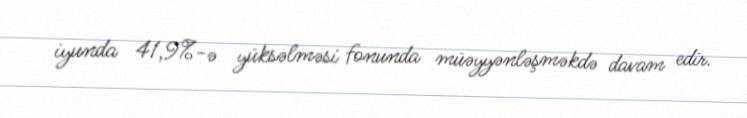
iyunda 41,9%-ə yüksəlməsi fonunda müəyyənləşməkdə davam edir.